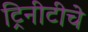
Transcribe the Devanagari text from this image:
ट्रिनीटीचे